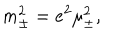
m _ { \pm } ^ { 2 } = e ^ { 2 } \mu _ { \pm } ^ { 2 } ,